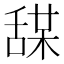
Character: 𦧤